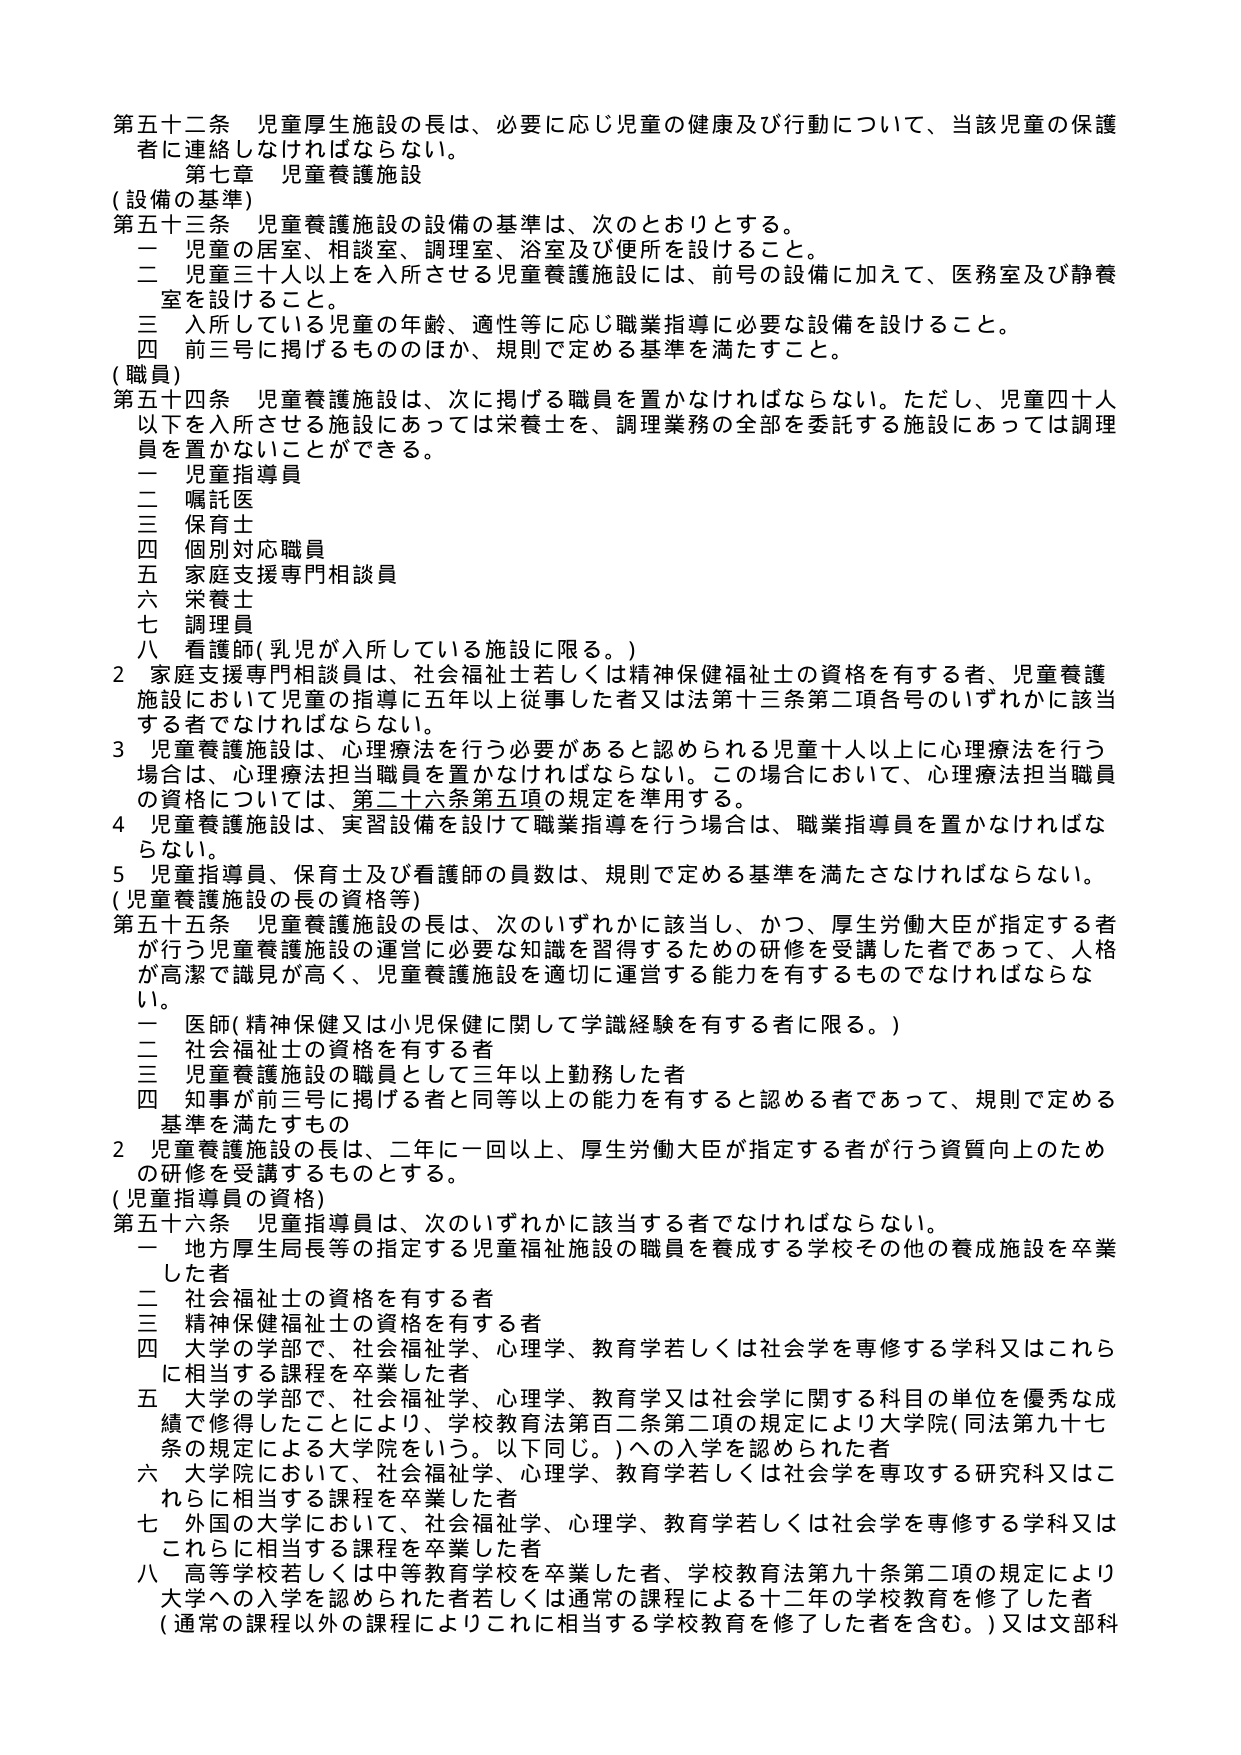
第五十二条 児童厚生施設の長は、必要に応じ児童の健康及び行動について、当該児童の保護者に連絡しなければならない。

第七章 児童養護施設

（設備の基準）

第五十三条 児童養護施設の設備の基準は、次のとおりとする。

一 児童の居室、相談室、調理室、浴室及び便所を設けること。

二 児童三十人以上を入所させる児童養護施設には、前号の設備に加えて、医務室及び静養室を設けること。

三 入所している児童の年齢、適性等に応じ職業指導に必要な設備を設けること。

四 前三号に掲げるもののほか、規則で定める基準を満たすこと。

（職員）

第五十四条 児童養護施設は、次に掲げる職員を置かなければならない。ただし、児童四十人以下を入所させる施設にあっては栄養士を、調理業務の全部を委託する施設にあっては調理員を置かないことができる。

一 児童指導員

二 嘱託医

三 保育士

四 個別対応職員

五 家庭支援専門相談員

六 栄養士

七 調理員

八 看護師（乳児が入所している施設に限る。）

2 家庭支援専門相談員は、社会福祉士若しくは精神保健福祉士の資格を有する者、児童養護施設において児童の指導に五年以上従事した者又は法第十三条第二項各号のいずれかに該当する者でなければならない。

3 児童養護施設は、心理療法を行う必要があると認められる児童十人以上に心理療法を行う場合は、心理療法担当職員を置かなければならない。この場合において、心理療法担当職員の資格については、第二十六条第五項の規定を準用する。

4 児童養護施設は、実習設備を設けて職業指導を行う場合は、職業指導員を置かなければならない。

5 児童指導員、保育士及び看護師の員数は、規則で定める基準を満たさなければならない。

（児童養護施設の長の資格等）

第五十五条 児童養護施設の長は、次のいずれかに該当し、かつ、厚生労働大臣が指定する者が行う児童養護施設の運営に必要な知識を習得するための研修を受講した者であって、人格が高潔で識見が高く、児童養護施設を適切に運営する能力を有するものでなければならない。

一 医師（精神保健又は小児保健に関して学識経験を有する者に限る。）

二 社会福祉士の資格を有する者

三 児童養護施設の職員として三年以上勤務した者

四 知事が前三号に掲げる者と同等以上の能力を有すると認める者であって、規則で定める基準を満たすもの

2 児童養護施設の長は、二年に一回以上、厚生労働大臣が指定する者が行う資質向上のための研修を受講するものとする。

（児童指導員の資格）

第五十六条 児童指導員は、次のいずれかに該当する者でなければならない。

一 地方厚生局長等の指定する児童福祉施設の職員を養成する学校その他の養成施設を卒業した者

二 社会福祉士の資格を有する者

三 精神保健福祉士の資格を有する者

四 大学の学部で、社会福祉学、心理学、教育学若しくは社会学を専修する学科又はこれらに相当する課程を卒業した者

五 大学の学部で、社会福祉学、心理学、教育学又は社会学に関する科目の単位を優秀な成績で修得したことにより、学校教育法第百二条第二項の規定により大学院（同法第九十七条の規定による大学院をいう。以下同じ。）への入学を認められた者

六 大学院において、社会福祉学、心理学、教育学若しくは社会学を専攻する研究科又はこれらに相当する課程を卒業した者

七 外国の大学において、社会福祉学、心理学、教育学若しくは社会学を専修する学科又はこれらに相当する課程を卒業した者

八 高等学校若しくは中等教育学校を卒業した者、学校教育法第九十条第二項の規定により大学への入学を認められた者若しくは通常の課程による十二年の学校教育を修了した者（通常の課程以外の課程によりこれに相当する学校教育を修了した者を含む。）又は文部科